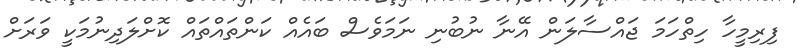
ފިރިމީހާ ހިތްހަމަ ޖައްސާލަން އޭނާ ނުބުނި ނަމަވެސް ބައެއް ކަންތައްތައް ކޮށްލަދިނުމަކީ ވަރަށް